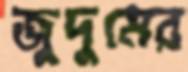
জুদুমের